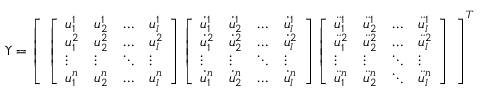
\boldsymbol { \Upsilon } = \left[ \begin{array} { l } { \left[ \begin{array} { l l l l } { u _ { 1 } ^ { 1 } } & { u _ { 2 } ^ { 1 } } & { \dots } & { u _ { l } ^ { 1 } } \\ { u _ { 1 } ^ { 2 } } & { u _ { 2 } ^ { 2 } } & { \dots } & { u _ { l } ^ { 2 } } \\ { \vdots } & { \vdots } & { \ddots } & { \vdots } \\ { u _ { 1 } ^ { n } } & { u _ { 2 } ^ { n } } & { \dots } & { u _ { l } ^ { n } } \end{array} \right] \left[ \begin{array} { l l l l } { \dot { u } _ { 1 } ^ { 1 } } & { \dot { u } _ { 2 } ^ { 1 } } & { \dots } & { \dot { u } _ { l } ^ { 1 } } \\ { \dot { u } _ { 1 } ^ { 2 } } & { \dot { u } _ { 2 } ^ { 2 } } & { \dots } & { \dot { u } _ { l } ^ { 2 } } \\ { \vdots } & { \vdots } & { \ddots } & { \vdots } \\ { \dot { u } _ { 1 } ^ { n } } & { \dot { u } _ { 2 } ^ { n } } & { \dots } & { \dot { u } _ { l } ^ { n } } \end{array} \right] \left[ \begin{array} { l l l l } { \ddot { u } _ { 1 } ^ { 1 } } & { \ddot { u } _ { 2 } ^ { 1 } } & { \dots } & { \ddot { u } _ { l } ^ { 1 } } \\ { \ddot { u } _ { 1 } ^ { 2 } } & { \ddot { u } _ { 2 } ^ { 2 } } & { \dots } & { \ddot { u } _ { l } ^ { 2 } } \\ { \vdots } & { \vdots } & { \ddots } & { \vdots } \\ { \ddot { u } _ { 1 } ^ { n } } & { \ddot { u } _ { 2 } ^ { n } } & { \ddots } & { \ddot { u } _ { l } ^ { n } } \end{array} \right] } \end{array} \right] ^ { T }